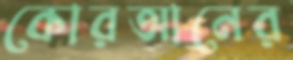
কোরআনের